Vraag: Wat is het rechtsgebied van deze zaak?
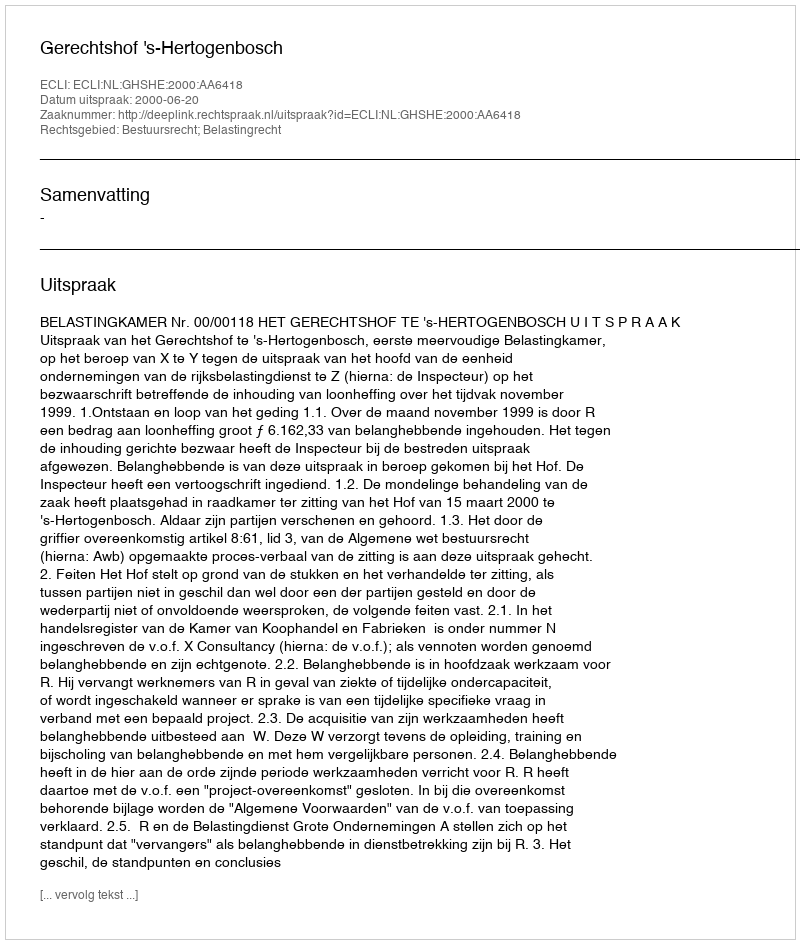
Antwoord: Bestuursrecht; Belastingrecht